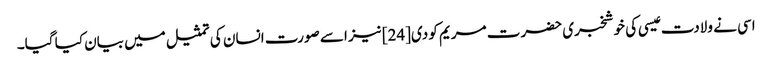
اسی نے ولادت عیسی کی خوشخبری حضرت مریم کو دی[24] نیز اسے صورت انسان کی تمثیل میں بیان کیا گیا۔